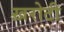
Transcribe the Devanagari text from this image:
ख़रोटी